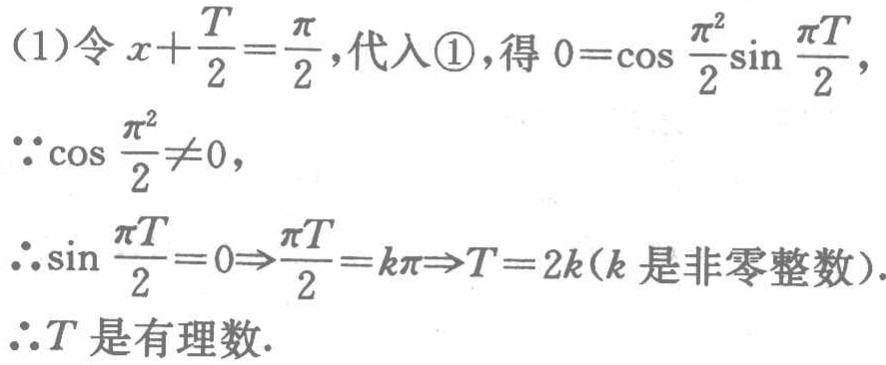
(1)令 \(x + \frac{T}{2}=\frac{\pi}{2}\)，代入\textcircled{1}，得 \(0 = \cos\frac{\pi^{2}}{2}\sin\frac{\pi T}{2}\)，
\(\because\cos\frac{\pi^{2}}{2}\neq0\)，
\(\therefore\sin\frac{\pi T}{2}=0\Rightarrow\frac{\pi T}{2}=k\pi\Rightarrow T = 2k\)（\(k\) 是非零整数）.
\(\therefore T\) 是有理数.